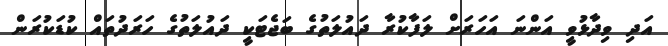
އަދި ވިދާޅުވީ އަންނަ އަހަރަށް ލަފާކުރާ ދައުލަތުގެ ބަޖެޓަކީ ދައުލަތުގެ ހަރަދުތައް ކުޑަކުރަން